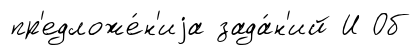
пр'едложе́н'иjа зада́н'ий И Об